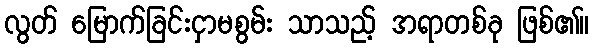
လွတ် မြောက်ခြင်းငှာမစွမ်း သာသည့် အရာတစ်ခု ဖြစ်၏။